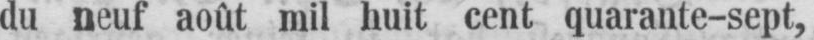
du neuf août mil nuit cent quarante-sept,